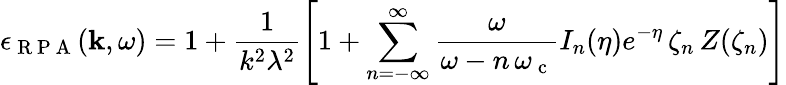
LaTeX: \epsilon_{\mathrm{~R~P~A~}}(\textbf{k},\omega)=1+\frac{1}{k^{2}\lambda^{2}}\left[1+\sum_{n=-\infty}^{\infty}\frac{\omega}{\omega-n\, \omega_{\mathrm{~c~}}}I_{n}(\eta)e^{-\eta}\, \zeta_{n}\, Z(\zeta_{n})\right]